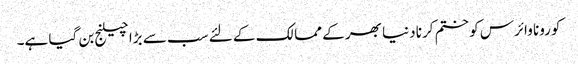
کورونا وائرس کو ختم کرنا دنیا بھر کے ممالک کے لئے سب سے بڑا چیلنج بن گیا ہے۔